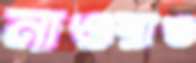
নাওয়াও